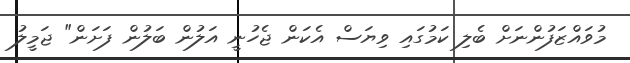
މުވައްޒަފުންނަށް ބެލި ކަމުގައި ވިޔަސް އެކަން ޖެހުނީ އަލުން ބަލުން ފަށަން" ޖަމީލު